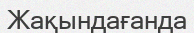
Жақындағанда